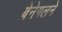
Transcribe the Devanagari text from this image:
बेनेगलने